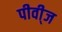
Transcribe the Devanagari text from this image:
पीवी्ज